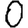
Digit: 0